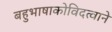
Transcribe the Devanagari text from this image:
बहुभाषाकोविदत्वाने